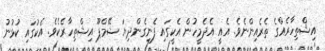
އިޝްތިހާރެއްގެ ތެރެއިންނެވެ. އެއީ އެދެމީހުން އެކީގައި ފެނިގެންދިޔަ ޝޭމްޕޫ އިޝްތިހާރެކެވެ. އެކުގައި ކުޅުނު